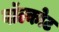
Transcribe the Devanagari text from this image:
वॉल्कोट